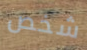
شخص